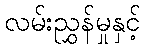
လမ်းညွှန်မှုနှင့်